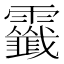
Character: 𩆷